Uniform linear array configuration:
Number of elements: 64
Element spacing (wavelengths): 0.25
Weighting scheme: kaiser
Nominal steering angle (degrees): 45
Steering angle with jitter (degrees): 45.513
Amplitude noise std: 0.05
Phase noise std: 0.05

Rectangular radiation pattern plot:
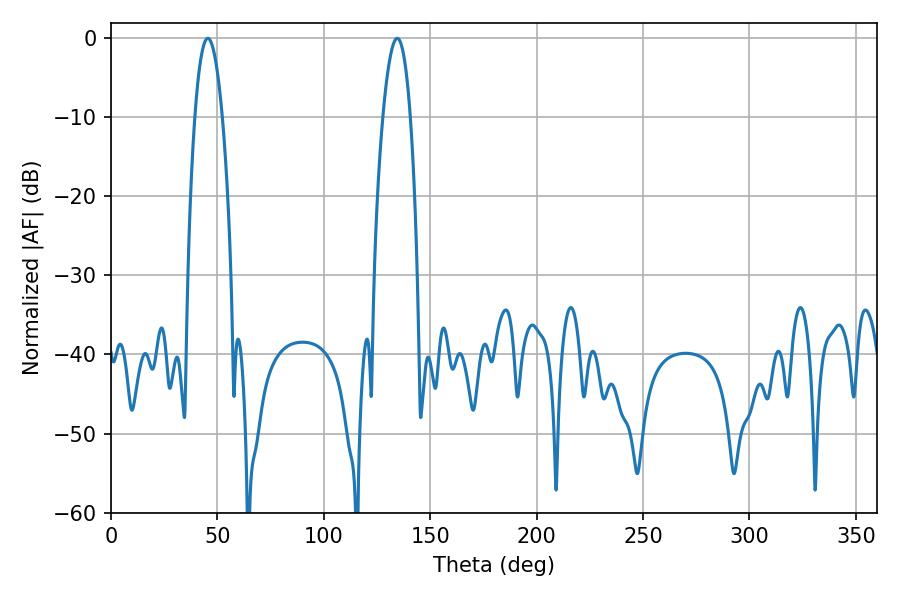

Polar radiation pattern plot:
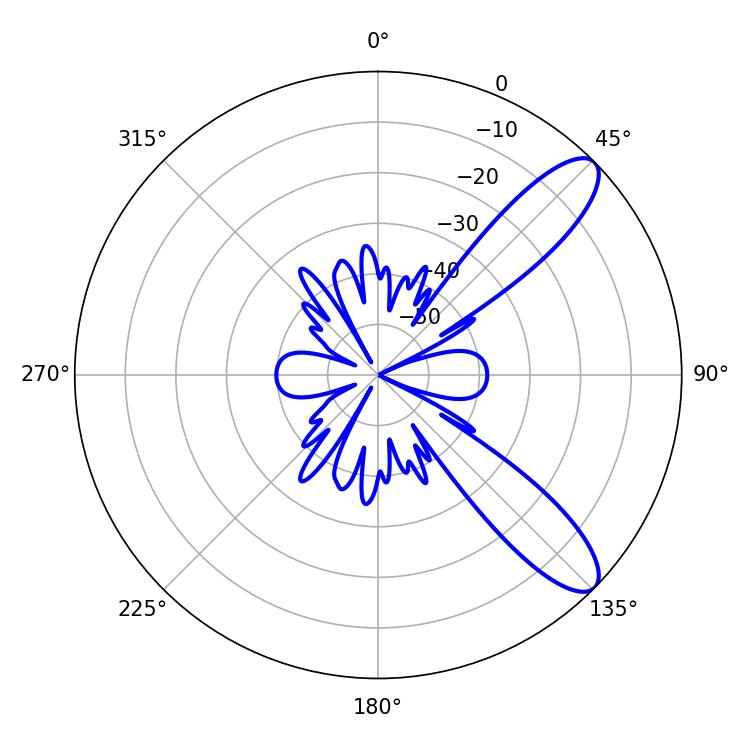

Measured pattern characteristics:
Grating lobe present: FALSE
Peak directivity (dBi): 10.199
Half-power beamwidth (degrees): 7.02
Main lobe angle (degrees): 45.54